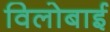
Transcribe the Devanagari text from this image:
विलोबाई